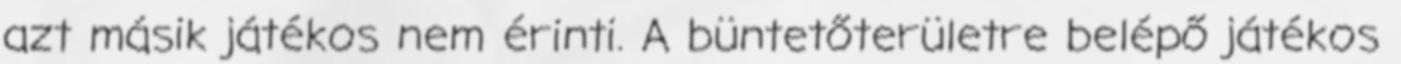
azt másik játékos nem érinti. A büntetőterületre belépő játékos